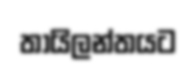
තායිලන්තයට